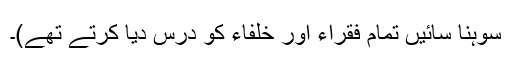
سوہنا سائیں تمام فقراء اور خلفاء کو درس دیا کرتے تھے)۔